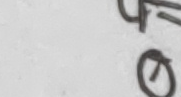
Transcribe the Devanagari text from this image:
छो ०